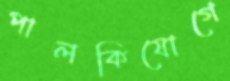
পালকিযোগে